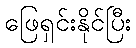
ဖြေရှင်းနိုင်ပြီး